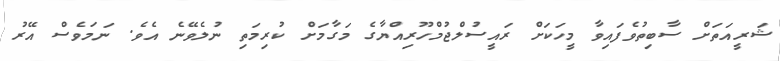
ޝަރީއަތަށް ސާބިތުވެފައިވާ މީހަކަށް ރައީސުލްޖުމްހޫރިއްޔާގެ މަގާމަށް ކުރިމަތި ނުލެވޭނެ އެވެ. ނަމަވެސް އޭރު